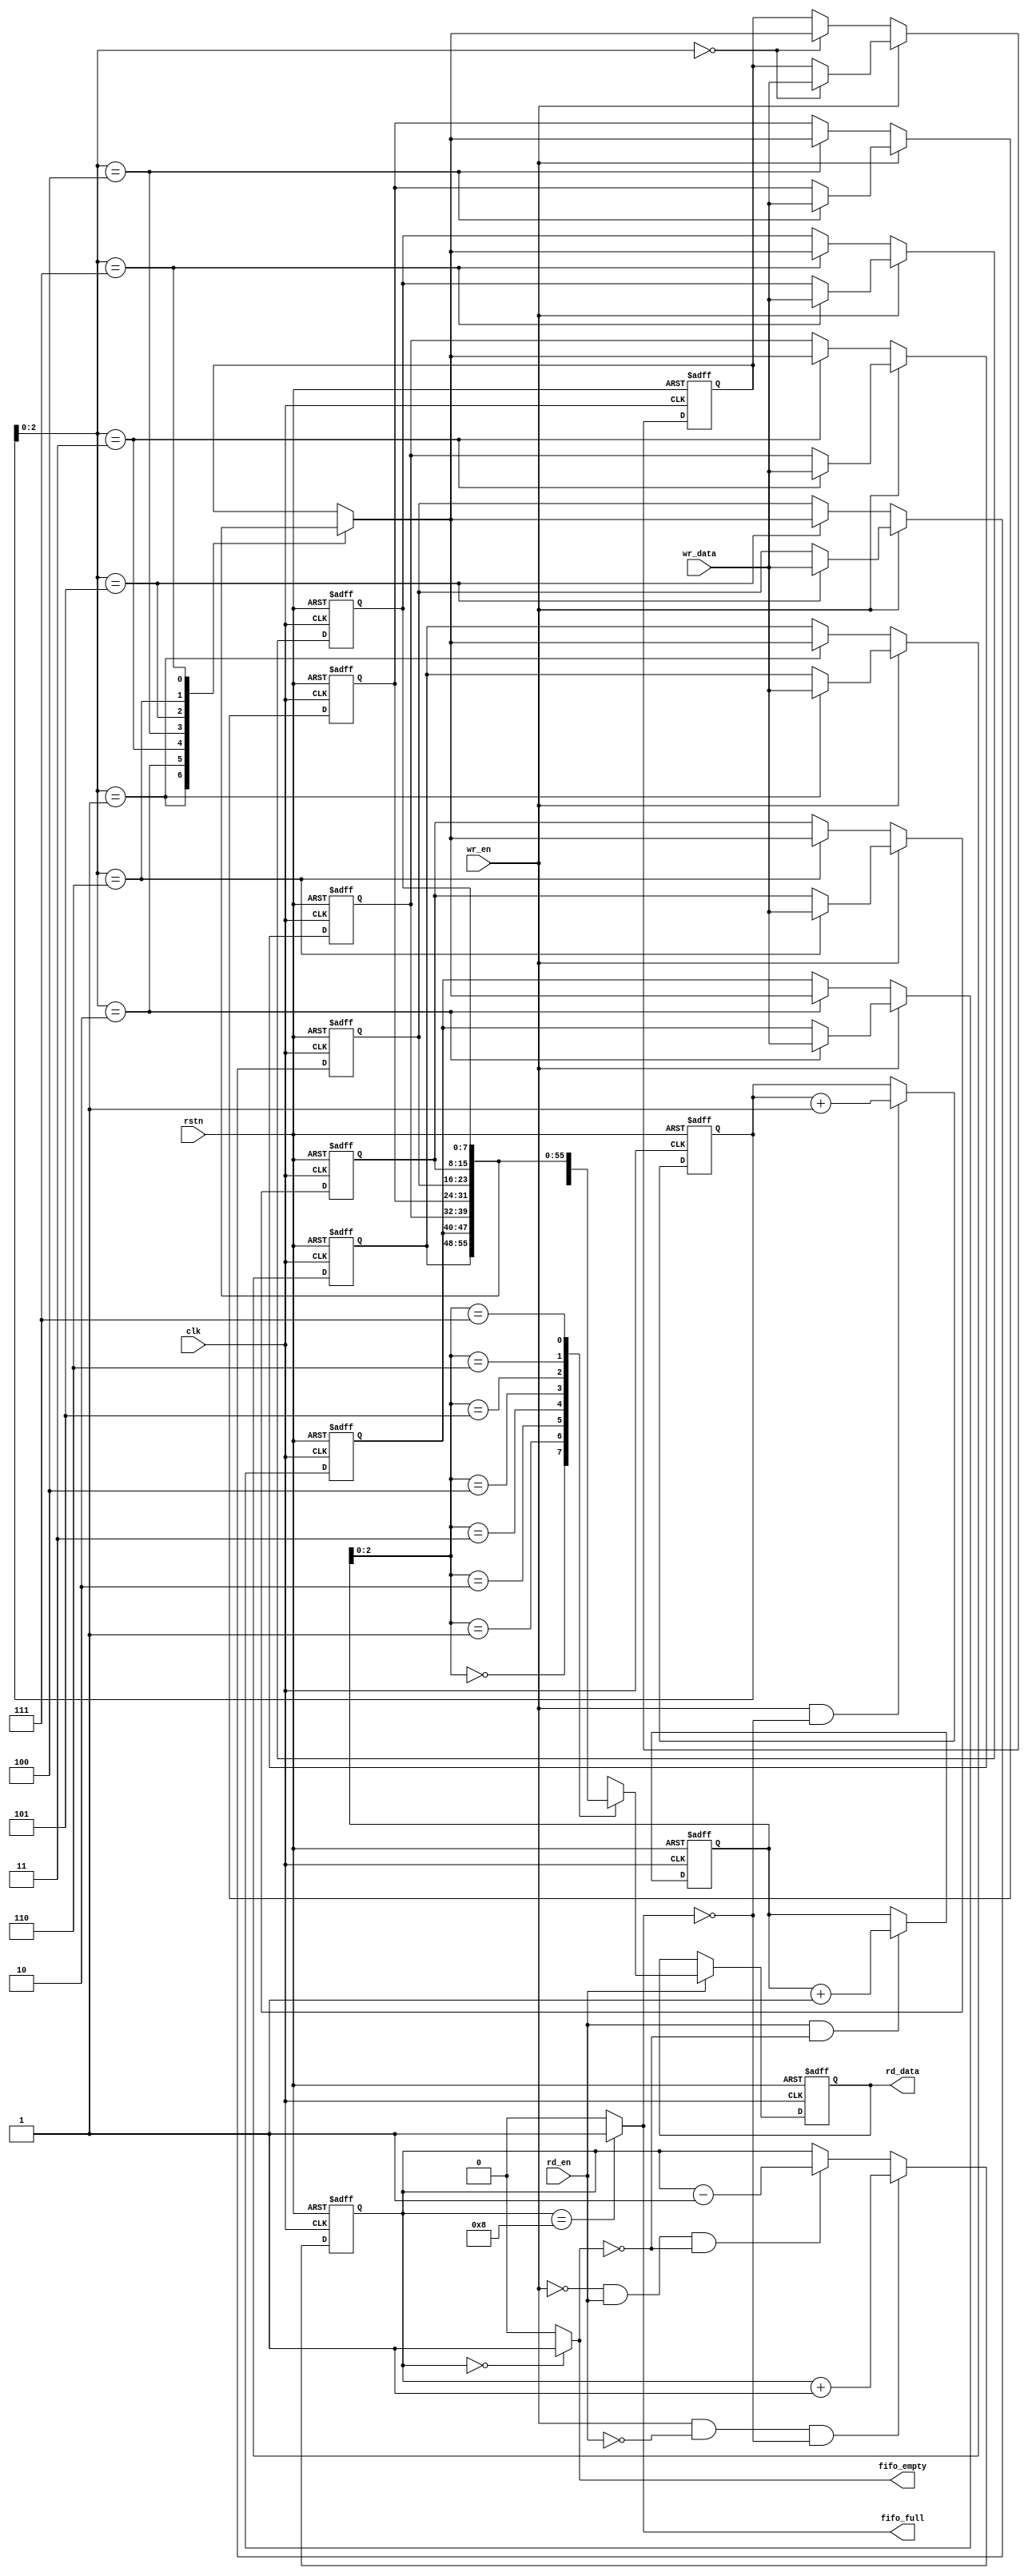
`timescale 1ns / 1ps
//////////////////////////////////////////////////////////////////////////////////
// Company: 
// Engineer: 
// 
// Design Name: 
// Module Name: synchronous_FIFO
// Project Name: 
// Target Devices: 
// Tool Versions: 
// Description: 
// 
// Dependencies: 
// 
// Revision:
// Revision 0.01 - File Created
// Additional Comments:
// 
//////////////////////////////////////////////////////////////////////////////////
// use a counter to determine whether the FIFO is full or empty

module syn_fifo(clk, rstn, wr_en, rd_en, wr_data, rd_data, fifo_full, fifo_empty);

    //
    parameter   width = 8;
    parameter   depth = 8;
    parameter   addr  = 3;

    //
    input   clk;    //
    input   rstn;   //
    input   wr_en;  //
    input   rd_en;  //

    //
    input   [width - 1 : 0] wr_data;    //
    output  [width - 1 : 0] rd_data;    //

    reg [width - 1 : 0] rd_data;

    //
    output  fifo_full;
    output  fifo_empty;

    //
    reg [$clog2(depth): 0] cnt;

    //
    reg [depth - 1 : 0] wr_ptr;
    reg [depth - 1 : 0] rd_ptr;

    //widthdepthfifo
    reg [width - 1 : 0] fifo [depth - 1 : 0];
    

    //
    always @ (posedge clk or negedge rstn) begin
        if(!rstn)
            wr_ptr <= 0;
        else if(wr_en && !fifo_full)    //fifo
            wr_ptr <= wr_ptr + 1;
        else
            wr_ptr <= wr_ptr;
    end
   
    //
    always @ (posedge clk or negedge rstn) begin
        if(!rstn)
            rd_ptr <= 0;
        else if(rd_en && !fifo_empty)   //fifo
            rd_ptr <= rd_ptr + 1;
        else
            rd_ptr <= rd_ptr;
    end

    //
    integer i;

    always @ (posedge clk or negedge rstn) begin
        if(!rstn) begin //fifo
            for(i = 0; i < depth; i = i + 1)
                fifo[i] <= 0;
        end
        else if(wr_en)  //fifo
            fifo[wr_ptr] <= wr_data;
        else    //
            fifo[wr_ptr] <= fifo[wr_ptr];
    end

    //
    always @ (posedge clk or negedge rstn) begin
        if(!rstn)
            rd_data <= 0;
        else if (rd_en)
            rd_data <= fifo[rd_ptr];    //fifo
        else
            rd_data <= rd_data;
    end

    //
    always @ (posedge clk or negedge rstn) begin
        if(!rstn)
            cnt <= 0;
        else if (wr_en && !rd_en && !fifo_full) //
            cnt <= cnt + 1;
        else if (!wr_en && rd_en && !fifo_empty) //
            cnt <= cnt - 1;
        else 
            cnt <= cnt;
    end

    //
    assign fifo_full = (cnt == depth)? 1 : 0;
    assign fifo_empty = (cnt == 0) ? 1 : 0;
endmodule